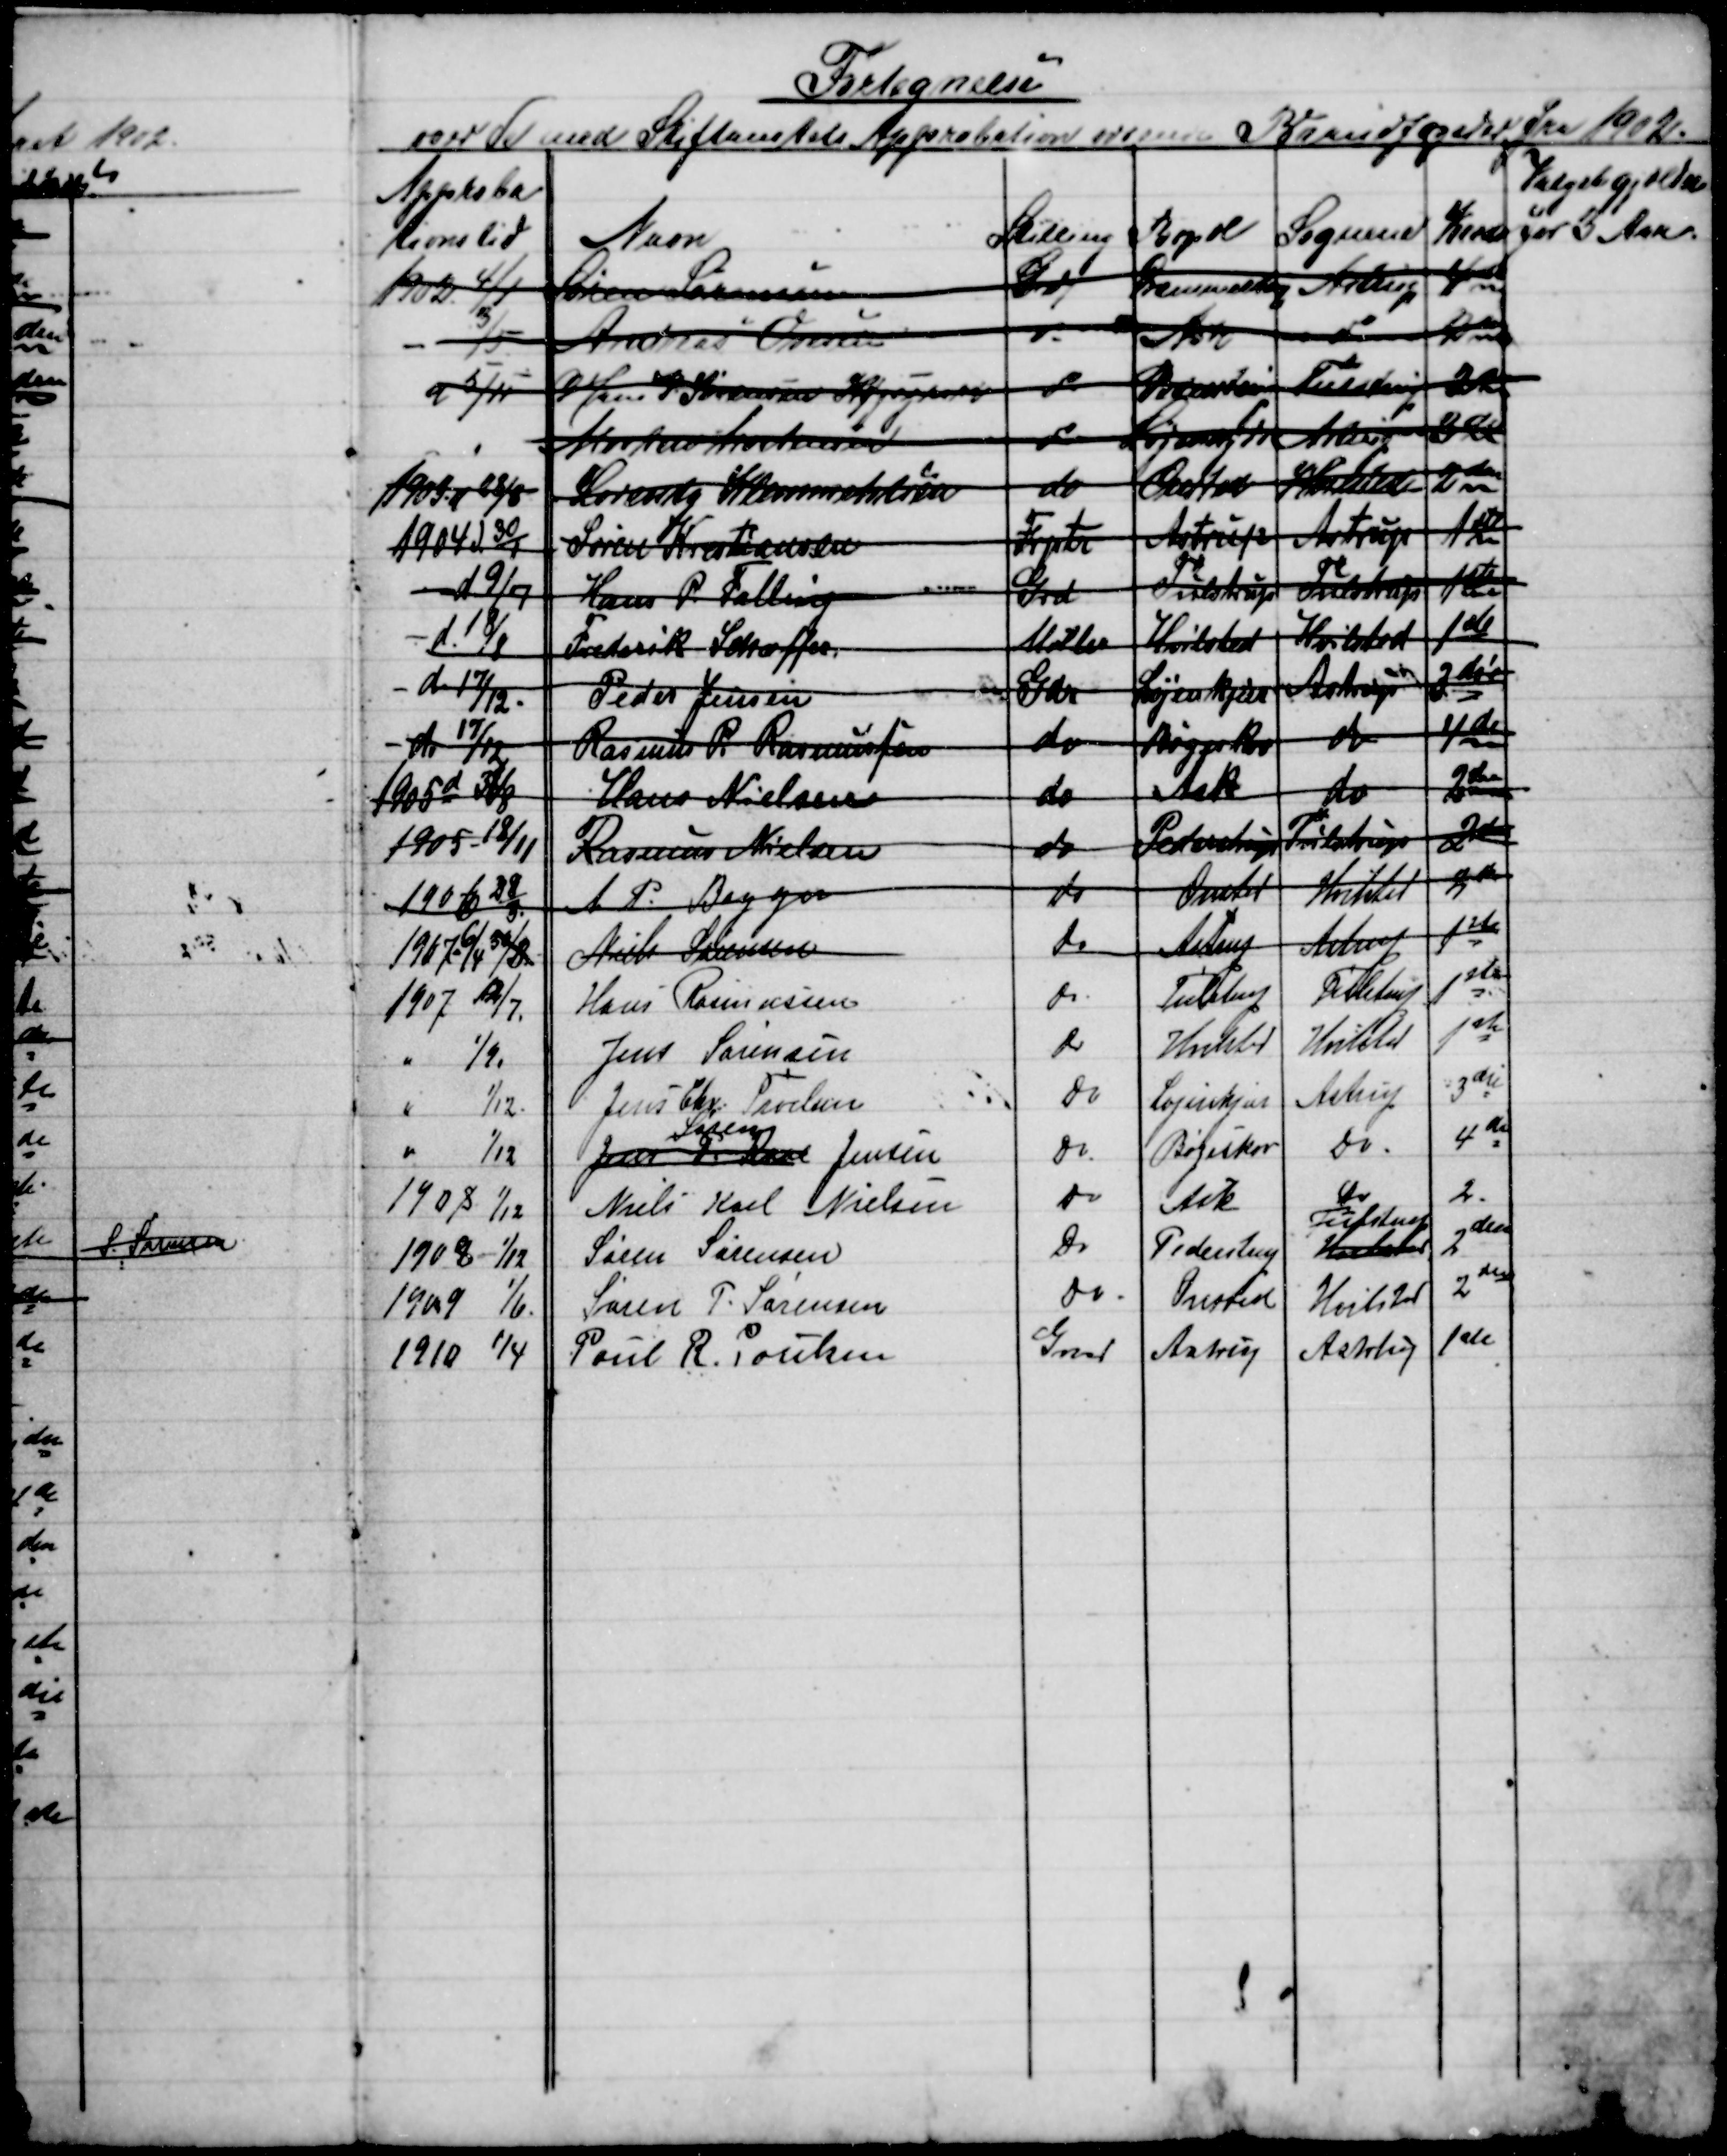
Transskription:
Fortegnelse
over de med Stiftamtets Approbation udnævnte Brandfogeder fra 1902.
Valget gjælder
for 3 Aar.
Approba-
tionstid
Navn
Stilling
Bopæl
Sognene
Kreds
1902 4/1
Søren Sørensen
Gdr
Drammelstrup
Astrup
4de
3/5
Andreas Ovesen
do
Ask
do
2den
d  5/11
O Jens P. Sørensen Højsgaard
do
Pederstrup
Tulstrup
2den
Martin Andersen
do
Løjenkjær
Astrup
3die
1903 d 28/8
Lorentz Klemmentsen
do
Onsted
Hvilsted
2den
1904 d 30/1
Søren Kristiansen
Frptr
Astrup
Astrup
1ste
d 9/7
Hans P. Falling
Grd
Tulstrup
Tulstrup
1ste
d 18/8
Frederik Schæffer
Møller
Hvilsted
Hvilsted
1ste
d 17/12.
Peder Jensen
Gdr
Løjenkjær
Astrup
3die
d. 17/12
Rasmus P Rasmussen
do
Bøgeskov
do
4de
1905 d. 30/8
Hans Nielsen
do
Ask
do
2den
1905- 18/11
Rasmus Nielsen
do
Pederstrup
Tulstrup
2den
1906 - 28/3
A. P. Bagger
do
Onsted
Hvilsted
2den
1907- 6/4 30/3
Niels Sørensen
do
Astrup
Astrup
1ste
1907 12/7.
Hans Rasmussen
do
Tulstrup
Tulstrup
1ste
1/9.
Jens Sørensen
do
Hvilsted
Hvilsted
1ste
1/12.
Jens Chr. Troelsen
do
Løjenkjær
Astrup
3die
1/12
Jens P. Kaae 
Søren
Jensen
do.
Bøgeskov
do.
4de
1908 1/12
Niels Karl Nielsen
do
Ask
Do
2.
1908 1/12
Søren Sørensen
Do
Pederstrup
Hvilsted
Tulstrup
2den
1909 1/6.
Søren P. Sørensen
do
Onsted
Hvilsted
2den
1910 1/4
Poul R. Poulsen
Gmd
Astrup
Astrup
1ste